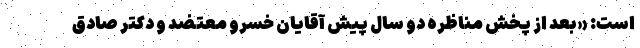
است: «بعد از پخش مناظره دو سال پیش آقایان خسرو معتضد و دکتر صادق